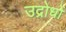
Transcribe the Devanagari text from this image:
उद्रोधों